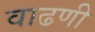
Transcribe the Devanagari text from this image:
वाढणी